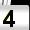
Digit: 4